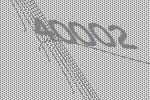
40002